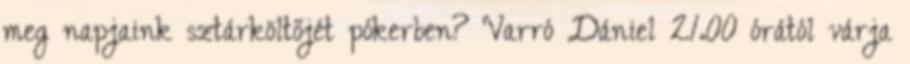
meg napjaink sztárköltőjét pókerben? Varró Dániel 21.00 órától várja